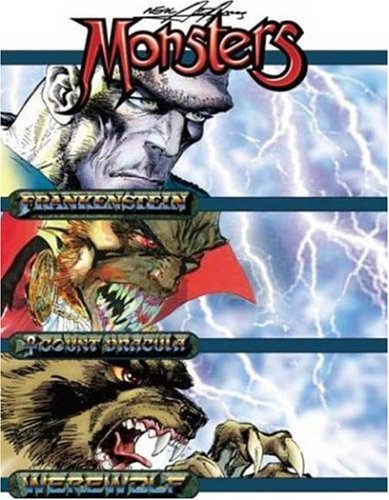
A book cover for Neal Adams Monsters; NEAL ADAMS; Comics & Graphic Novels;